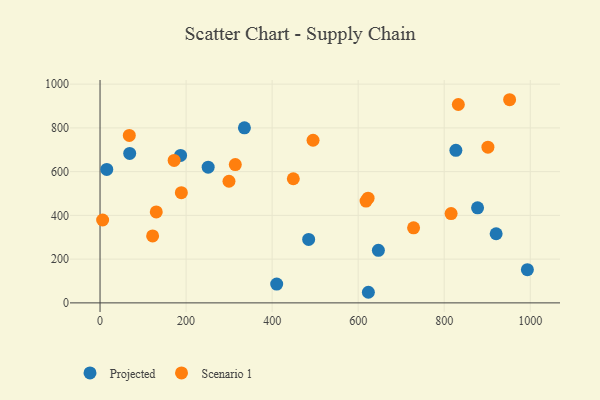
{"axis": {"x": "Distance", "y": "Sales"}, "legend": ["Projected", "Scenario 1"], "data": [{"x": "877.5", "y": 434.7, "type": "Projected"}, {"x": "15.6", "y": 610.3, "type": "Projected"}, {"x": "410.6", "y": 86.2, "type": "Projected"}, {"x": "484.9", "y": 290.2, "type": "Projected"}, {"x": "623.7", "y": 48.5, "type": "Projected"}, {"x": "993.3", "y": 151.9, "type": "Projected"}, {"x": "187.2", "y": 674.3, "type": "Projected"}, {"x": "335.6", "y": 800.3, "type": "Projected"}, {"x": "827.1", "y": 697.4, "type": "Projected"}, {"x": "647.0", "y": 240.5, "type": "Projected"}, {"x": "920.7", "y": 316.1, "type": "Projected"}, {"x": "68.9", "y": 683.5, "type": "Projected"}, {"x": "251.3", "y": 620.3, "type": "Projected"}, {"x": "68.0", "y": 765.5, "type": "Scenario 1"}, {"x": "130.7", "y": 416.0, "type": "Scenario 1"}, {"x": "449.2", "y": 567.4, "type": "Scenario 1"}, {"x": "172.2", "y": 651.2, "type": "Scenario 1"}, {"x": "816.0", "y": 408.3, "type": "Scenario 1"}, {"x": "901.6", "y": 712.0, "type": "Scenario 1"}, {"x": "952.0", "y": 928.8, "type": "Scenario 1"}, {"x": "122.2", "y": 306.1, "type": "Scenario 1"}, {"x": "6.0", "y": 378.9, "type": "Scenario 1"}, {"x": "189.0", "y": 503.7, "type": "Scenario 1"}, {"x": "314.4", "y": 632.4, "type": "Scenario 1"}, {"x": "623.0", "y": 478.8, "type": "Scenario 1"}, {"x": "618.3", "y": 465.5, "type": "Scenario 1"}, {"x": "495.1", "y": 743.5, "type": "Scenario 1"}, {"x": "299.7", "y": 556.1, "type": "Scenario 1"}, {"x": "832.8", "y": 907.0, "type": "Scenario 1"}, {"x": "728.8", "y": 343.2, "type": "Scenario 1"}]}